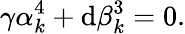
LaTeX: \gamma\alpha_{k}^{4}+\mathrm{d}\beta_{k}^{3}=0.